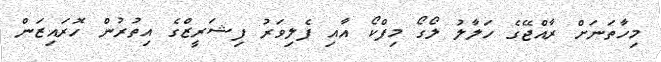
މިހާތަނަށް ރާއްޖޭގެ ހަލާލު ލޯގޯ މިފްކޯ އާއި ފެލިވަރު ފިޝަރީޒްގެ އިތުރުން ހޮރައިޒަން